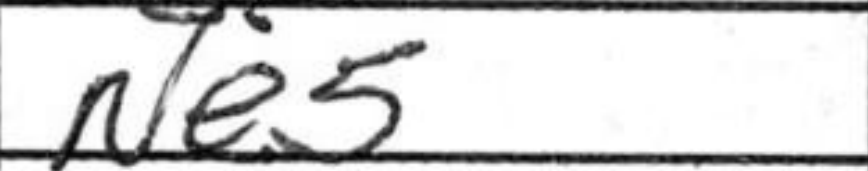
Transcription: Ne5